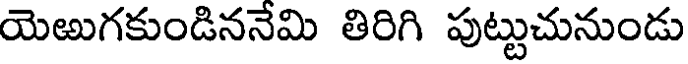
యెఱుగకుండిననేమి తిరిగి పుట్టుచునుండు